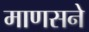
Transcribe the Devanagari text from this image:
माणसने